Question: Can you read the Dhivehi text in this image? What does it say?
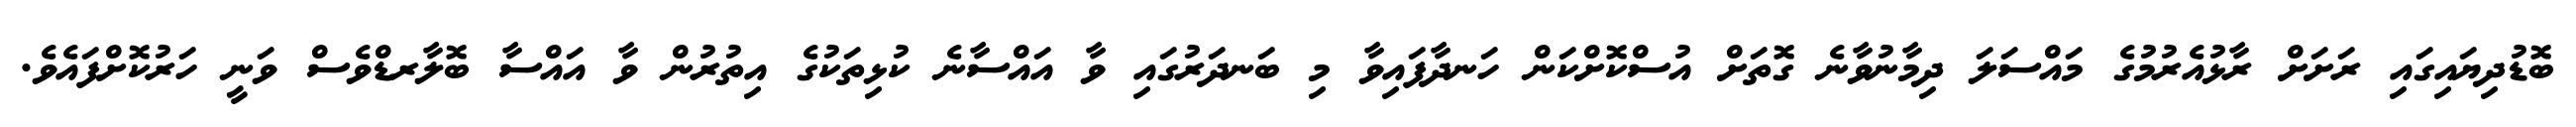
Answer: ބޮޑުދިޔައިގައި ރަށަށް ރާޅުއެރުމުގެ މައްސަލަ ދިމާނުވާނެ ގޮތަށް އުސްކޮށްކަން ހަނދާފައިވާ މި ބަނދަރުގައި ވާ އައްސާނެ ކުޅިތަކުގެ އިތުރުން ވާ އައްސާ ބޮލާރޑްވެސް ވަނީ ހަރުކޮށްފައެވެ.